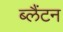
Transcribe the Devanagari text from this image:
ब्लैंटन